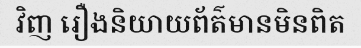
វិញ រឿងនិយាយព័ត៌មានមិនពិត